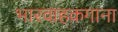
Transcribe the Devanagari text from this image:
भारवाहकगाना